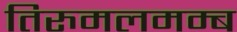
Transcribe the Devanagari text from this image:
तिरुमलमम्ब